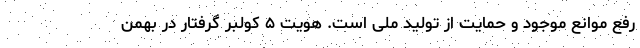
رفع موانع موجود و حمایت از تولید ملی است. هویت ۵ کولبر گرفتار در بهمن